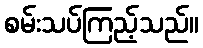
စမ်းသပ်ကြည့်သည်။